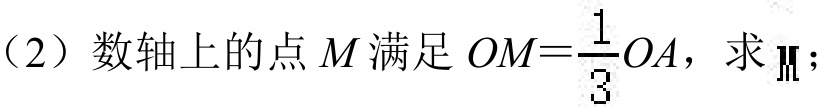
（2）数轴上的点\(M\)满足\(OM = \dfrac{1}{3}OA\)，求\(M\)；